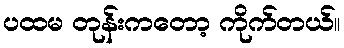
ပထမ တုန်းကတော့ ကိုက်တယ်။